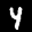
Label: 4